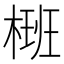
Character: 𣗝